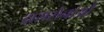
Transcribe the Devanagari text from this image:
दाससेनाओं